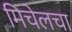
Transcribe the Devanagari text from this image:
मिचेलचा